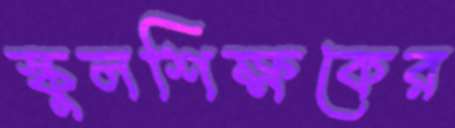
স্কুলশিক্ষকের